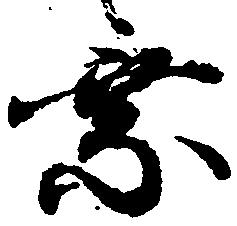
乗